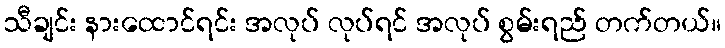
သီချင်း နားထောင်ရင်း အလုပ် လုပ်ရင် အလုပ် စွမ်းရည် တက်တယ်။